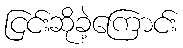
ငြင်းဆိုခဲ့ကြောင်း